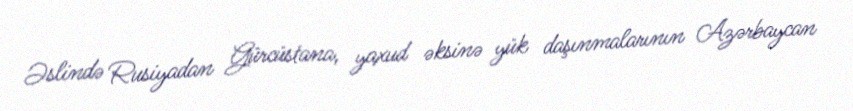
Əslində Rusiyadan Gürcüstana, yaxud əksinə yük daşınmalarının Azərbaycan